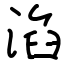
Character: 淊